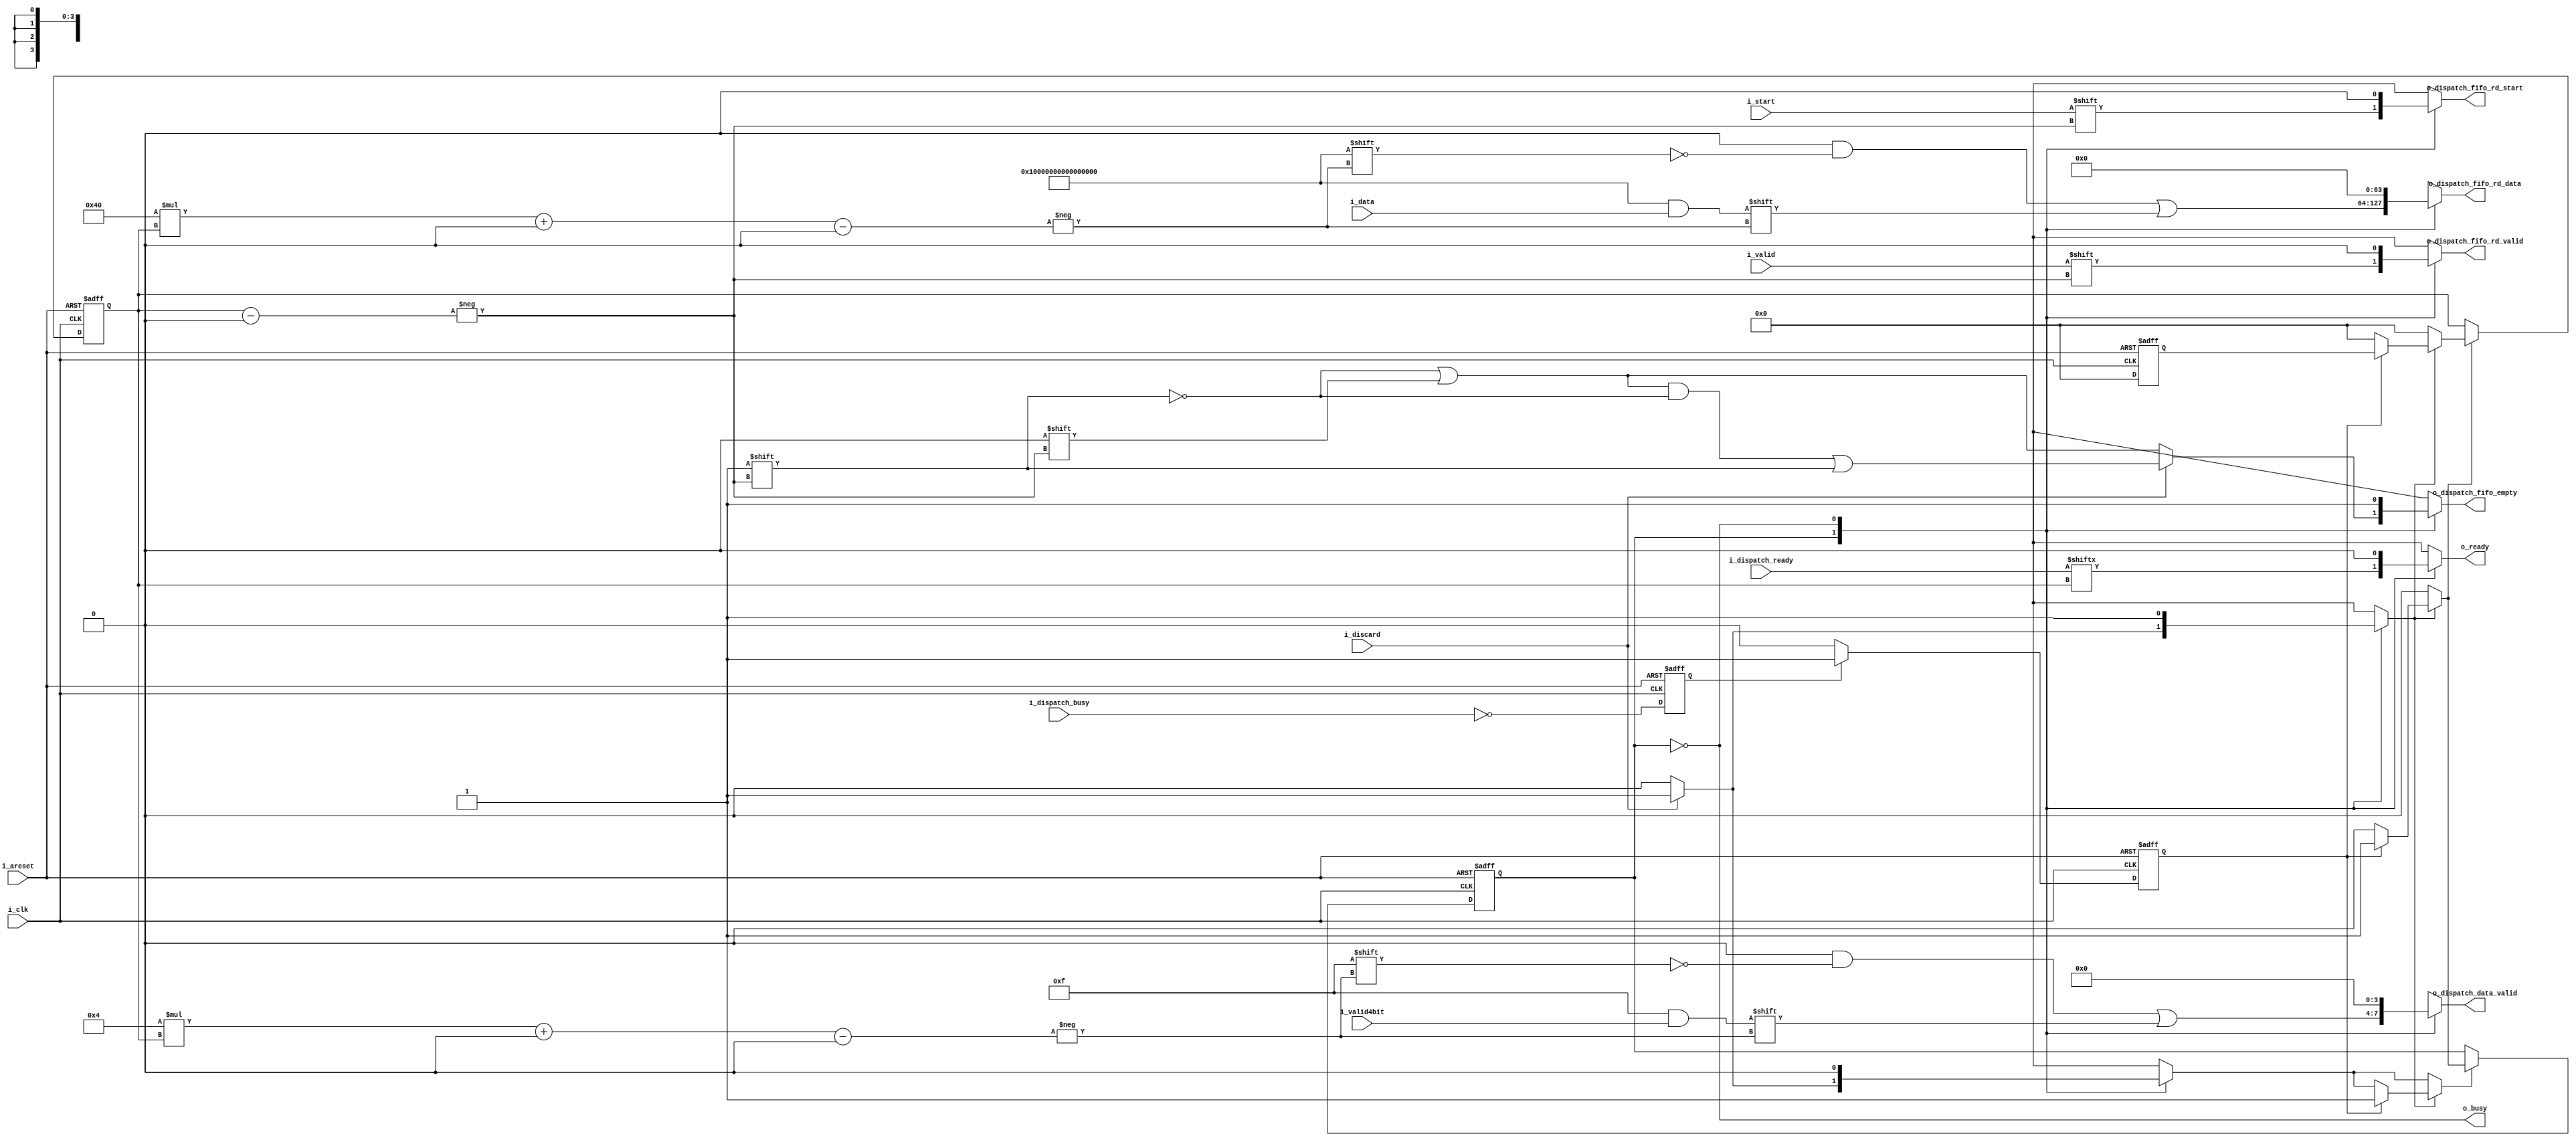
//======================================================================
//
// nts_dispatcher_mux.v
// --------------------
// NTS packet dispatcher MUX.
//
//
//
//
// Copyright 2019 Netnod Internet Exchange i Sverige AB
//
// Redistribution and use in source and binary forms, with or without
// modification, are permitted provided that the following conditions
// are met:
//
// 1. Redistributions of source code must retain the above copyright
//    notice, this list of conditions and the following disclaimer.
//
// 2. Redistributions in binary form must reproduce the above copyright
//    notice, this list of conditions and the following disclaimer in
//    the documentation and/or other materials provided with the
//    distribution.
//
// 3. Neither the name of the copyright holder nor the names of its
//    contributors may be used to endorse or promote products derived
//    from this software without specific prior written permission.
//
// THIS SOFTWARE IS PROVIDED BY THE COPYRIGHT HOLDERS AND CONTRIBUTORS
// "AS IS" AND ANY EXPRESS OR IMPLIED WARRANTIES, INCLUDING, BUT NOT
// LIMITED TO, THE IMPLIED WARRANTIES OF MERCHANTABILITY AND FITNESS
// FOR A PARTICULAR PURPOSE ARE DISCLAIMED. IN NO EVENT SHALL THE
// COPYRIGHT HOLDER OR CONTRIBUTORS BE LIABLE FOR ANY DIRECT, INDIRECT,
// INCIDENTAL, SPECIAL, EXEMPLARY, OR CONSEQUENTIAL DAMAGES (INCLUDING,
// BUT NOT LIMITED TO, PROCUREMENT OF SUBSTITUTE GOODS OR SERVICES;
// LOSS OF USE, DATA, OR PROFITS; OR BUSINESS INTERRUPTION) HOWEVER
// CAUSED AND ON ANY THEORY OF LIABILITY, WHETHER IN CONTRACT, STRICT
// LIABILITY, OR TORT (INCLUDING NEGLIGENCE OR OTHERWISE) ARISING IN
// ANY WAY OUT OF THE USE OF THIS SOFTWARE, EVEN IF ADVISED OF THE
// POSSIBILITY OF SUCH DAMAGE.
//
//======================================================================

module nts_dispatcher_mux #(
  parameter ENGINES = 1
) (
  input wire         i_clk,
  input wire         i_areset,

  output wire        o_busy,
  output wire        o_ready,

  input  wire        i_discard,
  input  wire        i_start,
  input  wire        i_valid,
  input  wire  [3:0] i_valid4bit,
  input  wire [63:0] i_data,

  input  wire [ENGINES      - 1 : 0 ] i_dispatch_busy,
  input  wire [ENGINES      - 1 : 0 ] i_dispatch_ready,
  output wire [ENGINES * 4  - 1 : 0 ] o_dispatch_data_valid,
  output wire [ENGINES      - 1 : 0 ] o_dispatch_fifo_empty,
  output wire [ENGINES      - 1 : 0 ] o_dispatch_fifo_rd_start,
  output wire [ENGINES      - 1 : 0 ] o_dispatch_fifo_rd_valid,
  output wire [ENGINES * 64 - 1 : 0 ] o_dispatch_fifo_rd_data
);

  //----------------------------------------------------------------
  // Parameters
  //----------------------------------------------------------------

  localparam MUX_SEARCH = 0;
  localparam MUX_REMAIN = 1;

  //----------------------------------------------------------------
  // Engine(s) data bus wires
  //----------------------------------------------------------------

  reg  [4 * ENGINES - 1 : 0] engine_out_data_last_valid;
  reg      [ENGINES - 1 : 0] engine_out_fifo_empty;
  reg      [ENGINES - 1 : 0] engine_out_fifo_rd_start;
  reg      [ENGINES - 1 : 0] engine_out_fifo_rd_valid;
  reg [64 * ENGINES - 1 : 0] engine_out_fifo_rd_data;

  //----------------------------------------------------------------
  // Dispatcher MUX. Registers used to search for ready engine.
  //----------------------------------------------------------------

  reg engine_mux_ready_found_new;
  reg engine_mux_ready_found_reg;
  integer engine_mux_ready_index_new;
  integer engine_mux_ready_index_reg;
  reg [ENGINES-1:0] engine_mux_ready_engines_new;
  reg [ENGINES-1:0] engine_mux_ready_engines_reg;

  //----------------------------------------------------------------
  // Dispatcher MUX. Used to select one engine from many.
  //----------------------------------------------------------------

  reg             mux_ctrl_we;
  reg             mux_ctrl_new;
  reg             mux_ctrl_reg;
  reg             mux_index_we;
  integer         mux_index_new;
  integer         mux_index_reg;

  reg             mux_in_ready;

  //----------------------------------------------------------------
  // Wire assignments
  //----------------------------------------------------------------

  assign o_busy = mux_ctrl_reg != MUX_REMAIN;
  assign o_ready = mux_in_ready;

  assign o_dispatch_data_valid        = engine_out_data_last_valid;
  assign o_dispatch_fifo_rd_start     = engine_out_fifo_rd_start;
  assign o_dispatch_fifo_empty        = engine_out_fifo_empty;
  assign o_dispatch_fifo_rd_valid     = engine_out_fifo_rd_valid;
  assign o_dispatch_fifo_rd_data      = engine_out_fifo_rd_data;

  //----------------------------------------------------------------
  // Dispatcher MUX - Search
  //----------------------------------------------------------------

  always @*
  begin : dispatcher_mux_ready_search1
    integer i;
    for (i = 0; i < ENGINES; i = i + 1) begin
      engine_mux_ready_engines_new[i] = ~ i_dispatch_busy[i];
    end
  end

  always @*
  begin : dispatcher_mux_ready_search2
    integer i;
    integer j;

    engine_mux_ready_found_new = 0;
    engine_mux_ready_index_new = 0;

    for (i = 0; i < ENGINES; i = i + 1) begin
      j = ENGINES - 1 - i;
      if (engine_mux_ready_engines_reg[j]) begin
        engine_mux_ready_found_new = 1;
        engine_mux_ready_index_new = j;
      end
    end
  end

  //----------------------------------------------------------------
  // Dispatcher MUX
  //----------------------------------------------------------------

  always @*
  begin : dispatcher_mux
    reg        discard;
    reg        ready;
    reg        forward_mux;

    ready   = i_dispatch_ready[mux_index_reg];
    discard = i_discard;

    forward_mux = 0;

    mux_ctrl_we = 0;
    mux_ctrl_new = MUX_SEARCH;
    mux_index_we = 0;
    mux_index_new = 0;

    mux_in_ready                = 0;

    engine_out_data_last_valid  = 'h0;
    engine_out_fifo_rd_start    = 'b0;
    engine_out_fifo_empty       = {ENGINES{1'b1}};
    engine_out_fifo_rd_valid    = 'h0;
    engine_out_fifo_rd_data     = 'h0;


    case (mux_ctrl_reg)
      MUX_REMAIN:
        begin
          mux_in_ready                = ready;

          engine_out_data_last_valid[4*mux_index_reg+:4] = i_valid4bit;
          engine_out_fifo_empty[mux_index_reg]           = 0;
          engine_out_fifo_rd_start[mux_index_reg]        = i_start;
          engine_out_fifo_rd_valid[mux_index_reg]        = i_valid;
          engine_out_fifo_rd_data[64*mux_index_reg+:64]  = i_data;

          if (discard) begin
            engine_out_fifo_empty[mux_index_reg]         = 1;
            forward_mux = 1;
            mux_ctrl_we = 1;
            mux_ctrl_new = MUX_SEARCH;
          end
        end

      MUX_SEARCH:
        forward_mux = 1;

      default: ;
    endcase

    if (forward_mux) begin
      if (engine_mux_ready_found_reg) begin
        mux_ctrl_we = 1;
        mux_ctrl_new = MUX_REMAIN;
        mux_index_we  = 1;
        mux_index_new = engine_mux_ready_index_reg;
      end
    end
  end

  //----------------------------------------------------------------
  // Register Update
  //----------------------------------------------------------------

  always @ (posedge i_clk or posedge i_areset)
  begin : reg_update
    if (i_areset) begin

      engine_mux_ready_engines_reg <= 0;
      engine_mux_ready_found_reg   <= 0;
      engine_mux_ready_index_reg   <= 0;

      mux_ctrl_reg  <= MUX_SEARCH;
      mux_index_reg <= ENGINES - 1;

    end else begin

      engine_mux_ready_engines_reg <= engine_mux_ready_engines_new;
      engine_mux_ready_found_reg   <= engine_mux_ready_found_new;
      engine_mux_ready_index_reg   <= engine_mux_ready_index_new;


      if (mux_ctrl_we)
        mux_ctrl_reg <= mux_ctrl_new;

      if (mux_index_we)
        mux_index_reg <= mux_index_new;

    end
  end

endmodule